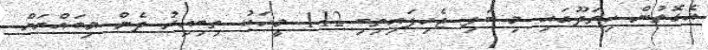
އެގޮތުން ހިތަދޫގައި މި ބަލި ޖެހިފައިތިބި 112 މީހަކު ތިބިއިރު ދެން މިބައްޔަށް